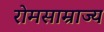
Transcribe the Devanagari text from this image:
रोमसाम्राज्य